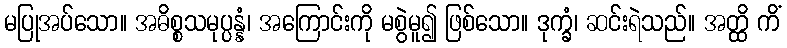
မပြုအပ်သော။ အဓိစ္စသမုပ္ပန္နံ၊ အကြောင်းကို မစွဲမူ၍ ဖြစ်သော။ ဒုက္ခံ၊ ဆင်းရဲသည်။ အတ္ထိ ကိံ